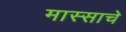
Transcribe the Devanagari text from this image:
मास्साचे